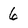
Character: 6